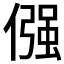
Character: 𠎦